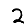
Digit: 2